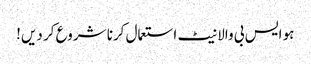
ہو ایس بی والا نیٹ استعمال کرنا شروع کر دیں!